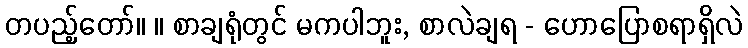
တပည့်တော်။ ။ စာချရုံတွင် မကပါဘူး, စာလဲချရ - ဟောပြောစရာရှိလဲ